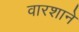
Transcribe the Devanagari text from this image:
वारशाने